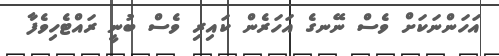
އަހަންނަކަށް ވެސް ނޭނގެ އަހަރެން ކައިރި ވެސް ބުނީ ރައްޓެހިވެފާ